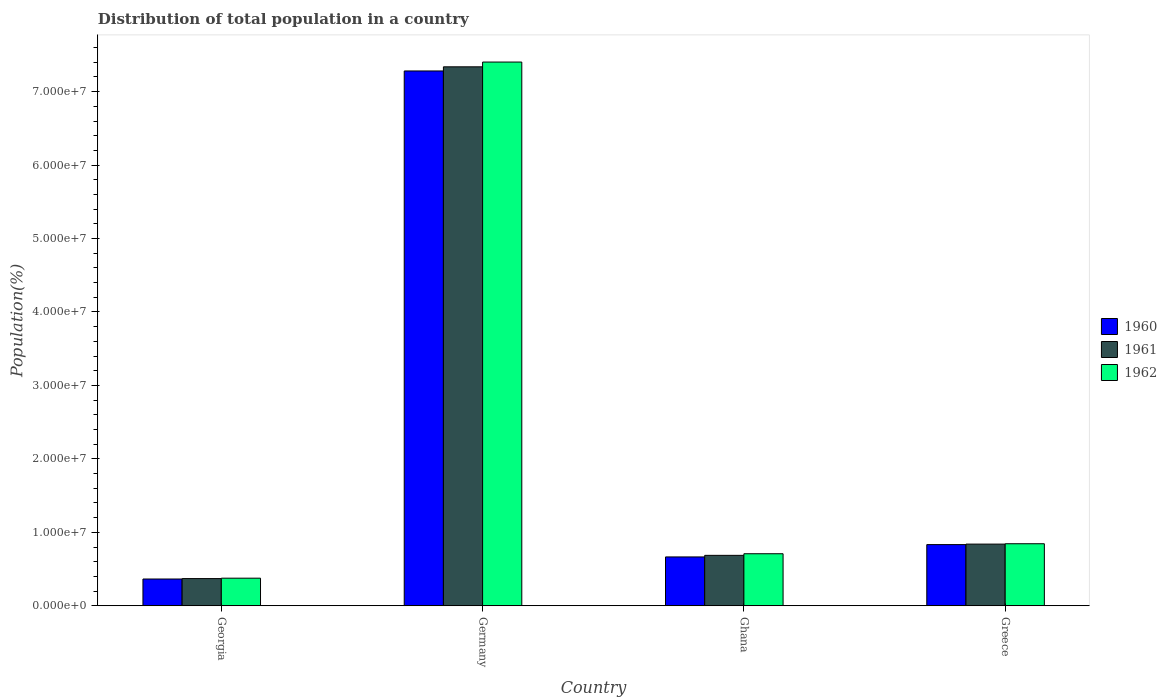
| Country | 1960 | 1961 | 1962 |
 | --- | --- | --- | --- |
 | Georgia | 3.65e+06 | 3.7e+06 | 3.76e+06 |
 | Germany | 7.28e+07 | 7.34e+07 | 7.4e+07 |
 | Ghana | 6.65e+06 | 6.87e+06 | 7.09e+06 |
 | Greece | 8.33e+06 | 8.4e+06 | 8.45e+06 |